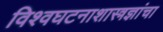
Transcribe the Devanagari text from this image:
विश्वघटनाशास्त्रज्ञांचा